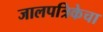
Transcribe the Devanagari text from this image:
जालपत्रिकेचा